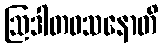
ဩဒါတဝသနောတိ